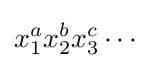
x_{1}^{a}x_{2}^{b}x_{3}^{c}\cdots